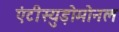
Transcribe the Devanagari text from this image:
एंटीस्युड़ोमोनल